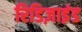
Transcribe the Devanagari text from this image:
रिडिज़ाइंड